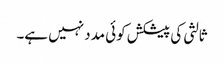
ثالثی کی پیشکش کوئی مدد نہیں ہے۔